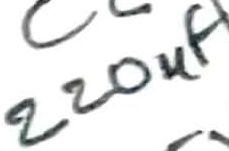
Text: 220µF